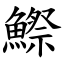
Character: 鰶